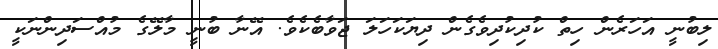
ލިބުނީ އަހަރެން ހިތް ކުދިކުދިވެގެން ދިޔަކަހަލަ ޖަވާބެކެވެ. އޭނާ ބުނީ މާލޭގެ މުއްސަދިންނަކީ